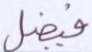
فيضل